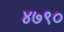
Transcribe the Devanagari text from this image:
४७९०